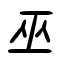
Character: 巫